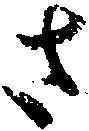
さ